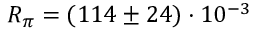
R _ { \pi } = ( 1 1 4 \pm 2 4 ) \cdot 1 0 ^ { - 3 }